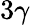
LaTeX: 3\gamma